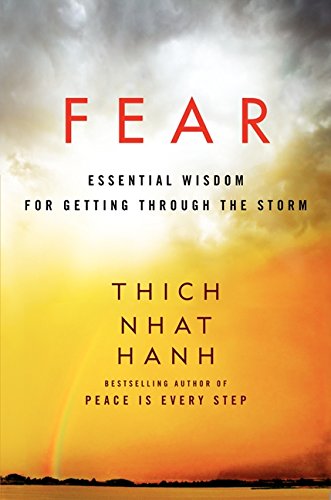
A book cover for Fear: Essential Wisdom for Getting Through the Storm; Thich Nhat Hanh; Self-Help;